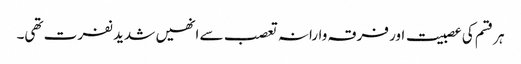
ہر قسم کی عصبیت اور فرقہ وارانہ تعصب سے انھیں شدید نفرت تھی۔